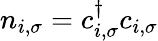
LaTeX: n_{i,\sigma}=c_{i,\sigma}^{\dagger}c_{i,\sigma}